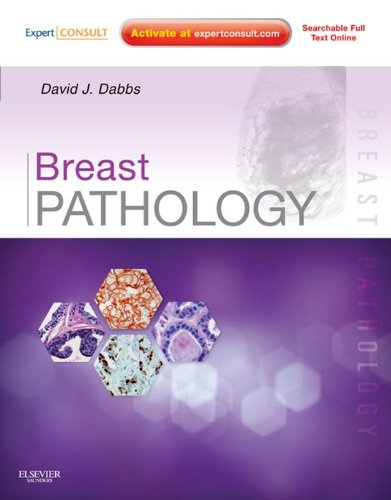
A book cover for Breast Pathology: Expert Consult - Online and Print, 1e; David J Dabbs MD; Health, Fitness & Dieting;